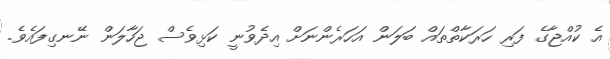
އެ ކުއްޖާގެ ފަރި ހަރަކާތްތައް ބަލަން އަހަރެންނަށް އިދެވުނީ ކަޅިވެސް ޖަހާލަން ނޭނގިފައެވެ.